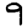
Digit: 9